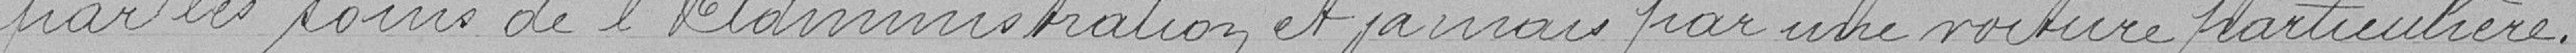
par les soins de l'Administration et jamais par une voiture particulière